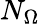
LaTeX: N_{\Omega}